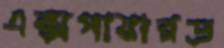
এক্সপায়ারড